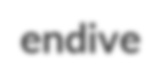
endive